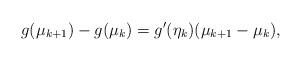
LaTeX: \begin{align*}g(\mu_{k+1}) - g(\mu_k) = g'(\eta_k)(\mu_{k+1} - \mu_k),\end{align*}